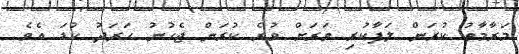
މަރާމާތު ކުރަން ލަފާކުރި ވަރަށް ވުރެ ކުރަން ޖެހުނު ހަރަދު ކުޑަ އެވެ.